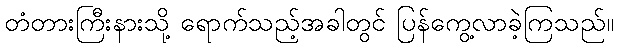
တံတားကြီးနားသို့ ရောက်သည့်အခါတွင် ပြန်ကွေ့လာခဲ့ကြသည်။